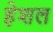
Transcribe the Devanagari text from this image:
हेशल